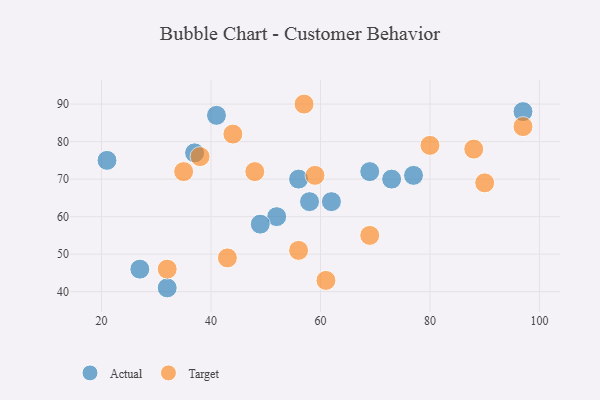
{"axis": {"x": "GDP", "y": "Life Expectancy"}, "legend": ["Actual", "Target"], "data": [{"x": "41", "y": 87, "type": "Actual"}, {"x": "62", "y": 64, "type": "Actual"}, {"x": "32", "y": 41, "type": "Actual"}, {"x": "52", "y": 60, "type": "Actual"}, {"x": "69", "y": 72, "type": "Actual"}, {"x": "27", "y": 46, "type": "Actual"}, {"x": "97", "y": 88, "type": "Actual"}, {"x": "58", "y": 64, "type": "Actual"}, {"x": "21", "y": 75, "type": "Actual"}, {"x": "77", "y": 71, "type": "Actual"}, {"x": "37", "y": 77, "type": "Actual"}, {"x": "56", "y": 70, "type": "Actual"}, {"x": "49", "y": 58, "type": "Actual"}, {"x": "73", "y": 70, "type": "Actual"}, {"x": "97", "y": 84, "type": "Target"}, {"x": "80", "y": 79, "type": "Target"}, {"x": "57", "y": 90, "type": "Target"}, {"x": "43", "y": 49, "type": "Target"}, {"x": "56", "y": 51, "type": "Target"}, {"x": "61", "y": 43, "type": "Target"}, {"x": "59", "y": 71, "type": "Target"}, {"x": "35", "y": 72, "type": "Target"}, {"x": "69", "y": 55, "type": "Target"}, {"x": "48", "y": 72, "type": "Target"}, {"x": "88", "y": 78, "type": "Target"}, {"x": "32", "y": 46, "type": "Target"}, {"x": "90", "y": 69, "type": "Target"}, {"x": "44", "y": 82, "type": "Target"}, {"x": "38", "y": 76, "type": "Target"}]}